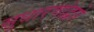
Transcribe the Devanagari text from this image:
सुधारणांद्वारे